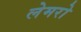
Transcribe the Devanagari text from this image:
लेमरो